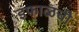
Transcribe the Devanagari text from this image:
इंफाळची